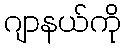
ဂျာနယ်ကို